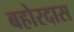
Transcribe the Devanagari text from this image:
बहोरदास